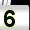
Digit: 5